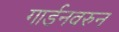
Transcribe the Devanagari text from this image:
गार्डनवरुन